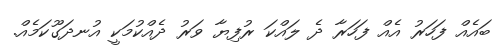
ބައެއް ފަހަރު އެއް ފަހަރާ ދެ ލައްކަ ރުފިޔާ ވަރު ދެއްކުމަކީ އުނދަގޫކަމެއް.